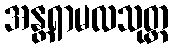
အန္တရာမလသုတ္တ